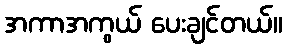
အကာအကွယ် ပေးချင်တယ်။